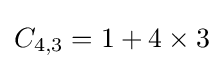
C_{4,3}=1+4\times 3